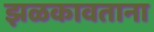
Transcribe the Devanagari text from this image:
झळकावताना